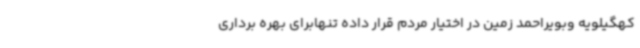
کهگیلویه وبویراحمد زمین در اختیار مردم قرار داده تنهابرای بهره برداری